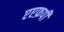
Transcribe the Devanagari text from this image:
एएफ़पी